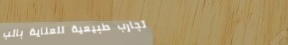
تجارب طبيعية للعناية بالب